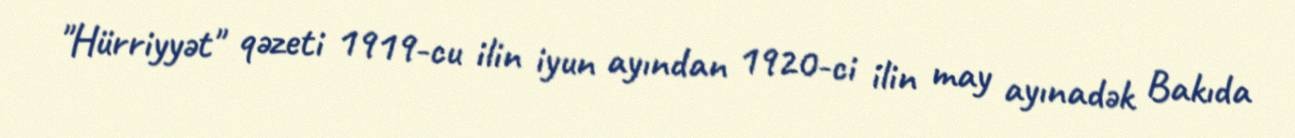
"Hürriyyət" qəzeti 1919-cu ilin iyun ayından 1920-ci ilin may ayınadək Bakıda